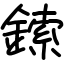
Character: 鎍